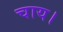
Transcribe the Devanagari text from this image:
चाय।